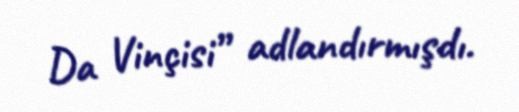
Da Vinçisi” adlandırmışdı.